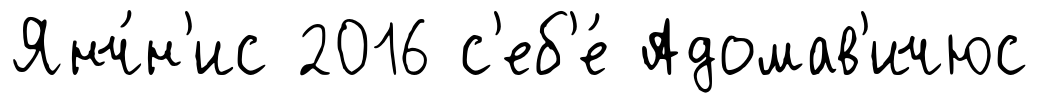
Янч́н'ис 2016 с'еб'е́ Адомав'ичюс